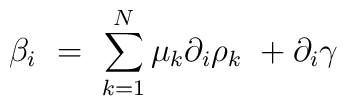
\beta_i \ = \ \sum_{k=1}^{N} \mu_k \partial_i \rho_k\ + \partial_i \gamma